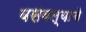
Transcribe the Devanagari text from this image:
बसवल्याचे